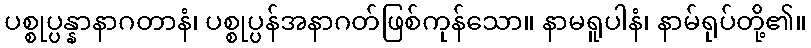
ပစ္စုပ္ပန္နာနာဂတာနံ၊ ပစ္စုပ္ပန်အနာဂတ်ဖြစ်ကုန်သော။ နာမရူပါနံ၊ နာမ်ရုပ်တို့၏။